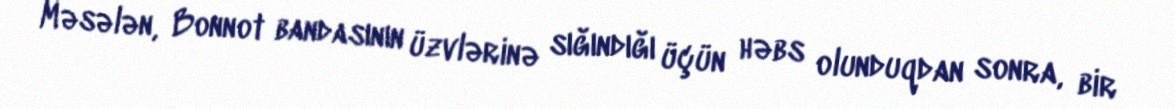
Məsələn, Bonnot bandasının üzvlərinə sığındığı üçün həbs olunduqdan sonra, bir